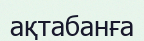
ақтабанға